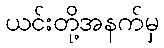
ယင်းတို့အနက်မှ